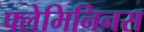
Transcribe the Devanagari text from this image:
फ्लेमिनिनस